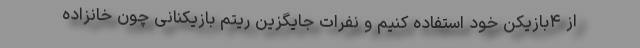
از ۴بازیکن خود استفاده کنیم و نفرات جایگزین ریتم بازیکنانی چون خانزاده